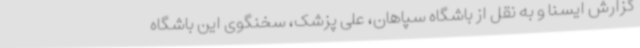
گزارش ایسنا و به نقل از باشگاه سپاهان، علی پزشک، سخنگوی این باشگاه